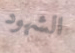
الشهود